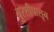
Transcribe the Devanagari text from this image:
बुरशीपासून